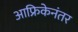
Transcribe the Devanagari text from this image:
आफ्रिकेनंतर